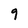
Character: 9